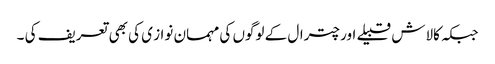
جبکہ کالاش قبیلے اور چترال کے لوگوں کی مہمان نواز ی کی بھی تعریف کی ۔